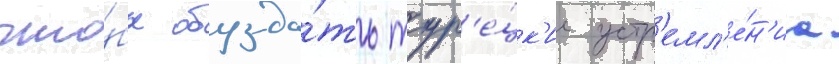
что́бы обузда́ть тур'е́цк'ие устр'емл'е́н'иа